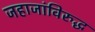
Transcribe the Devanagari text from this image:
जहाजांविरुद्ध